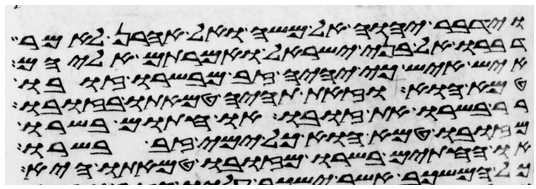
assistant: וידבר יהוה אל משה ואל אהרן לאמר
דברו אל בני ישראל ואמרתם אליהם
איש איש כי יהיה זב מבשרו זובו
טמא הוא וזאת תהיה טמאתו בזובו
בשרו את זובו או חתום בשרו
מזובו טמא הוא כל ימי זב בשרו
או החתים בשרו מזובו טמאתו היא